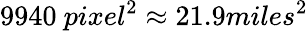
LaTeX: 9940~pixel^{2}\approx 21.9miles^{2}